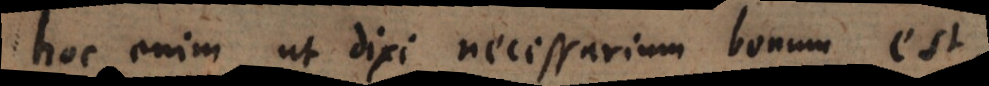
hoc enim, ut dixi, necessarium bonum est,